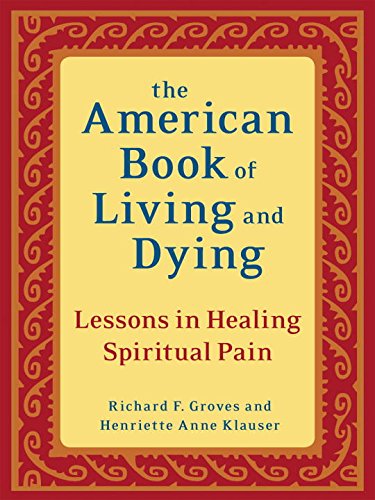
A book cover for The American Book of Living and Dying: Lessons in Healing Spiritual Pain; Richard F. Groves; Politics & Social Sciences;